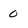
Character: 0